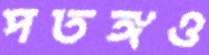
পতঙ্গও